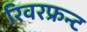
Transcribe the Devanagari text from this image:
रिवरफ्रन्ट